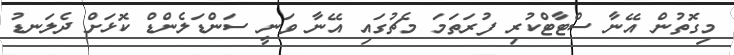
މިގޮތުން އޭނާ ސްޓާޓްކުރި ފުރަތަމަ މެޗުގައި އޭނާ ވަނީ ސަންޑަލެންޑް ކޮޅަށް ދެލަނޑު